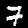
Digit: 7